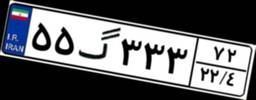
۵۵گ۳۳۳۷۲